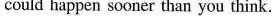
could happen sooner than you think.